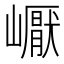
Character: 𡽣